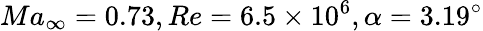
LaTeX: Ma_{\infty}=0.73,Re=6.5\times 10^{6},\alpha=3.19^{\circ}